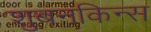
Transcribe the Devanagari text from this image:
शुबनकिन्स